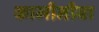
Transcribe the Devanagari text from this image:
कामीनीबा